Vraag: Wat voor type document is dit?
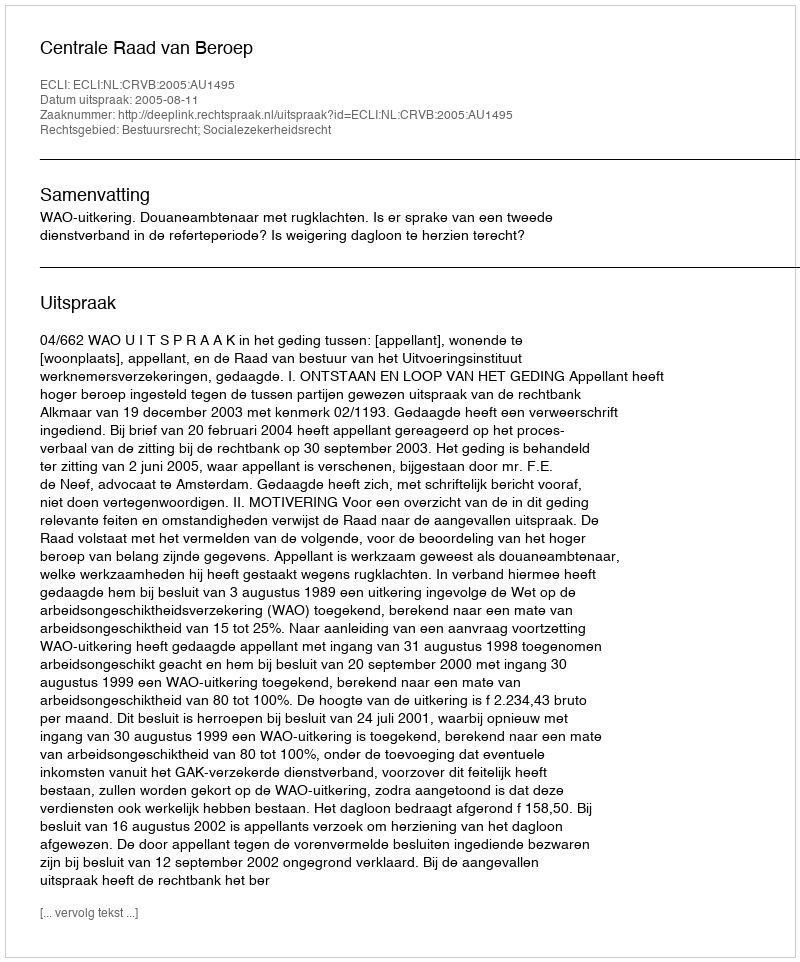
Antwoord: Uitspraak